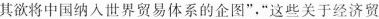
其欲将中国纳人世界贸易体系的企图”，”这些关于经济贸